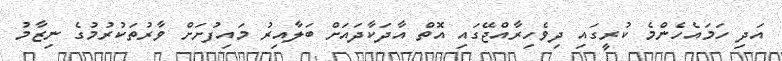
އަދި ހަމައެހެންމެ ކުރީގައި ދިވެހިރާއްޖޭގައި އޮތް އާދަކާދައަށް ބަލާއިރު މައިފުށަށް ވާރުތަކުރުމުގެ ނިޒާމު